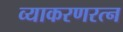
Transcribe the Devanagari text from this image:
व्याकरणरत्न